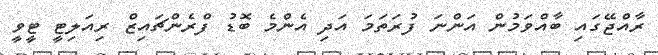
ރާއްޖޭގައި ބާއްވަމުން އަންނަ ފުރަތަމަ އަދި އެންމެ ބޮޑު ފްރެންޗައިޒް ރިއަލިޓީ ޓީވީ